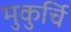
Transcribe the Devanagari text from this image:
मुकुर्चि